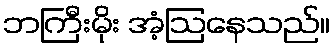
ဘကြီးမိုး အံ့ဩနေသည်။